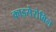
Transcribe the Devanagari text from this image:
क्राइसेरोबिन